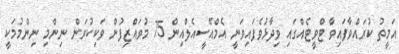
އަމީތު ކުރައްވާފައިވާ ޓްވީޓެއްގައި ވިދާޅުވެފައިވަނީ އެމްއޭސީއެލްއިން 75 މުވައްޒިފުން ވަކިކުރަން ނިންމި ނިންމުމަކީ